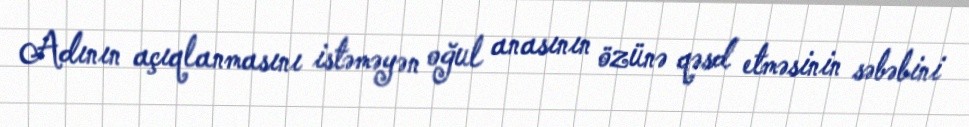
Adının açıqlanmasını istəməyən oğul anasının özünə qəsd etməsinin səbəbini